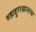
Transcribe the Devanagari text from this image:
बहाद्दुररखानाचा